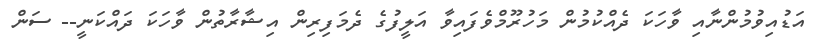
އަޑުއިވުމުންނާއި ވާހަކަ ދެއްކުމުން މަހުރޫމްވެފައިވާ އަލީފުގެ ދެމަފިރިން އިޝާރާތުން ވާހަކަ ދައްކަނީ-- ސަން